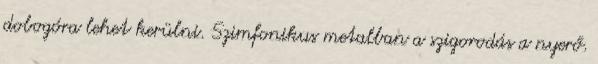
dobogóra lehet kerülni. Szimfonikus metalban a szigorodás a nyerő.